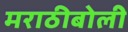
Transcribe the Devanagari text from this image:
मराठीबोली